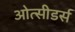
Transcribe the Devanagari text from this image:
ओत्सीडर्स